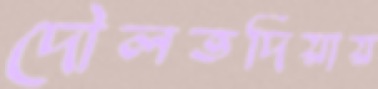
দৌলতদিয়ায়